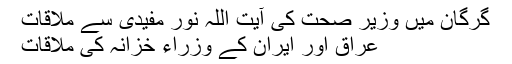
گرگان میں وزیر صحت کی آیت اللہ نور مفیدی سے ملاقات
عراق اور ایران کے وزراء خزانہ کی ملاقات